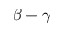
\beta - \gamma